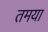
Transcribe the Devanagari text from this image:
तमया